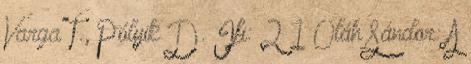
Varga T., Pólyik D. Ifi: 2–1 Oláh Sándor: A